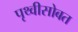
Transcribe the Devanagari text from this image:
पृथ्वीसोबत